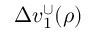
\Delta v _ { 1 } ^ { \cup } ( \rho )